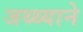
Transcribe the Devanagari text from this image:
जथ्थ्याने